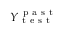
Y _ { \mathrm { ~ t ~ e ~ s ~ t ~ } } ^ { \mathrm { ~ p ~ a ~ s ~ t ~ } }